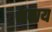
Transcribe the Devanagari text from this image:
थवाय